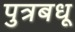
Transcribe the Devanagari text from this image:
पुत्रबधू